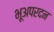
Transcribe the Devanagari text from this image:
भूअपरदन